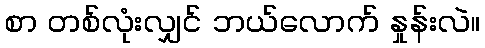
စာ တစ်လုံးလျှင် ဘယ်လောက် နှုန်းလဲ။